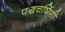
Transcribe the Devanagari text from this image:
पञ्चचर्षिणी